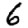
Digit: 6